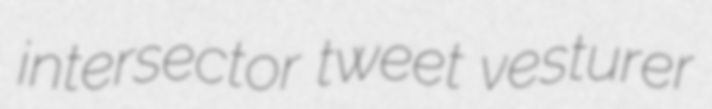
intersector tweet vesturer